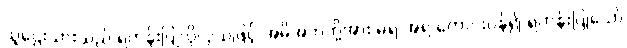
သူဌေးသားသည် ရဟန်းပြုလိုလှသဖြင့် အမိအဘတို့အား မရ အရ တောင်းပန်၍ ရဟန်းပြုသော်